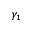
\gamma _ { 1 }